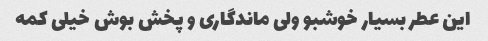
این عطر بسیار خوشبو ولی ماندگاری و پخش بوش خیلی کمه